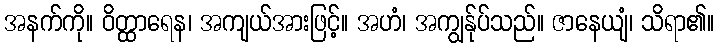
အနက်ကို။ ဝိတ္ထာရေန၊ အကျယ်အားဖြင့်။ အဟံ၊ အကျွန်ုပ်သည်။ ဇာနေယျံ၊ သိရာ၏။